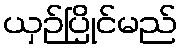
ယှဉ်ပြိုင်မည်